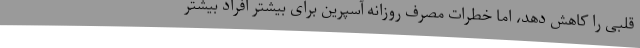
قلبی را کاهش دهد، اما خطرات مصرف روزانه آسپرین برای بیشتر افراد بیشتر